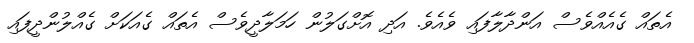
އެތައް ގެއެއްވެސް އަންދާލާފައި ވެއެވެ. އަދި އޮށްގަލުން ހަމަލާދީވެސް އެތައް ގެއަކަށް ގެއްލުންދީފައި